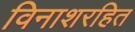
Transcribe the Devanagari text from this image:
विनाशरहित